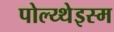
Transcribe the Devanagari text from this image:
पोल्य्थेइस्म